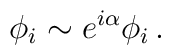
\phi_{i} \sim e^{i\alpha}\phi_{i}\, .